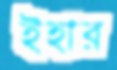
ইহার